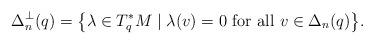
LaTeX: \begin{align*} \Delta_n^\perp(q) = \big\{ \lambda \in T_q^* M \mid \lambda (v)= 0\textrm{ for all $v\in \Delta_n(q)$}\big\}. \end{align*}